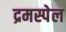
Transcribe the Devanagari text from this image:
द्रमस्पेल